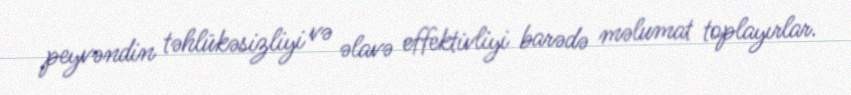
peyvəndin təhlükəsizliyi və əlavə effektivliyi barədə məlumat toplayırlar.